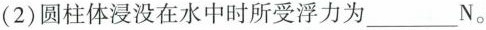
(2)圆柱体浸没在水中时所受浮力为___N。